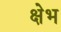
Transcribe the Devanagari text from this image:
क्षेभ